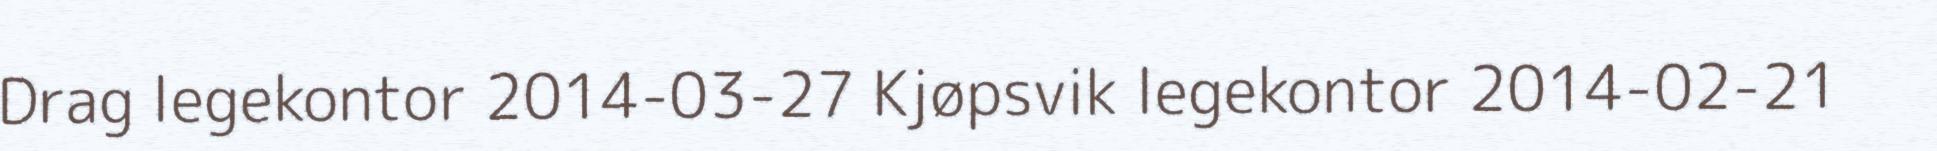
Drag legekontor 2014-03-27 Kjøpsvik legekontor 2014-02-21